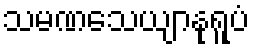
သမဏသေယျာနုရူပံ